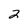
Character: 2